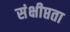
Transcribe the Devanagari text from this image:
संक्षीप्तता